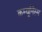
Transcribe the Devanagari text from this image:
कम्यूनिस्म